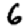
Digit: 6